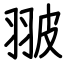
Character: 翍